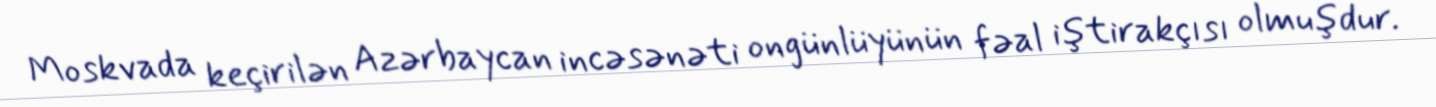
Moskvada keçirilən Azərbaycan incəsənəti ongünlüyünün fəal iştirakçısı olmuşdur.